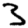
Digit: 3